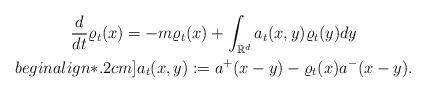
LaTeX: \begin{gather*} \frac{d}{dt} \varrho_t (x) = - m \varrho_t (x) + \int_{\mathbb{R}^d} a_t(x,y) \varrho_t (y) d y\\begin{align*}.2cm] a_t (x, y) := a^{+} (x-y) - \varrho_t(x) a^{-} (x-y).\end{gather*}